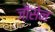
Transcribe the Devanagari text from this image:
जौ़सेन